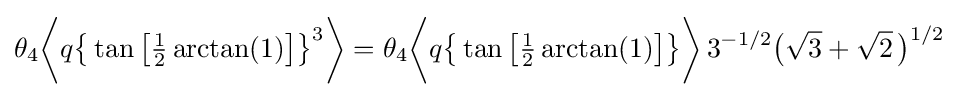
\theta _{4}{\biggl \langle }q{\bigl \{}\tan {\bigl [}{\tfrac {1}{2}}\arctan(1){\bigr ]}{\bigr \}}^{3}{\biggr \rangle }=\theta _{4}{\biggl \langle }q{\bigl \{}\tan {\bigl [}{\tfrac {1}{2}}\arctan(1){\bigr ]}{\bigr \}}{\biggr \rangle }\,3^{-1/2}{\bigl (}{\sqrt {3}}+{\sqrt {2}}\,{\bigr )}^{1/2}